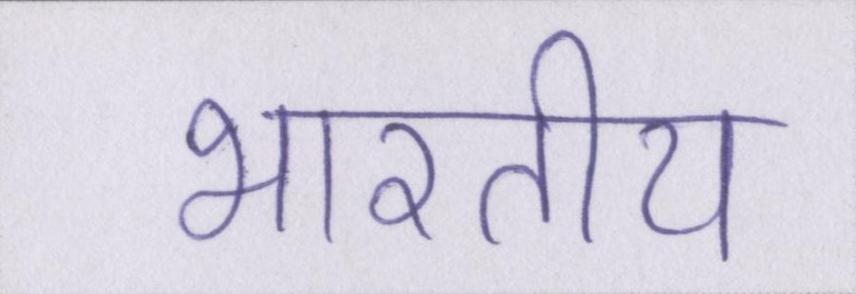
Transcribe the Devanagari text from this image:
भारतीय